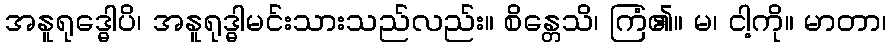
အနူရုဒ္ဓေါပိ၊ အနူရုဒ္ဓါမင်းသားသည်လည်း။ စိန္တေသိ၊ ကြံ၏။ မ၊ ငါ့ကို။ မာတာ၊